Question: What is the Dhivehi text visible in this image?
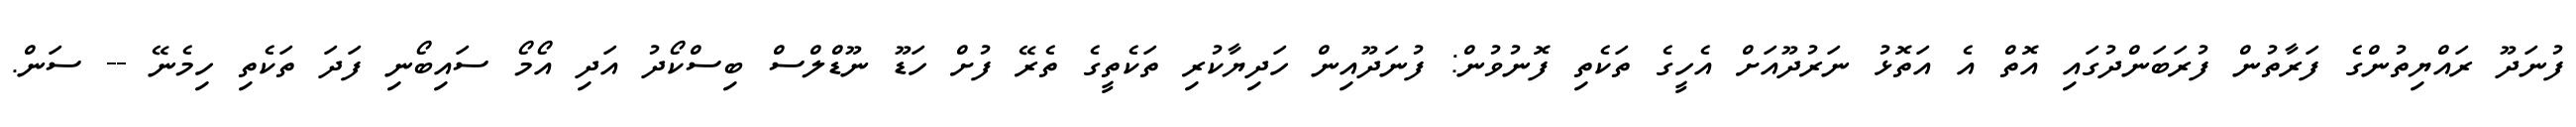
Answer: ފުނަދޫ ރައްޔިތުންގެ ފަރާތުން ފުރަބަންދުގައި އޮތް އެ އަތޮޅު ނަރުދޫއަށް އެހީގެ ތަކެތި ފޮނުވުން: ފުނަދޫއިން ހަދިޔާކުރި ތަކެތީގެ ތެރޭ ފުށް ހަޑޫ ނޫޑްލްސް ބިސްކޯދު އަދި އޯމޯ ސައިބޯނި ފަދަ ތަކެތި ހިމެނޭ -- ސަން.